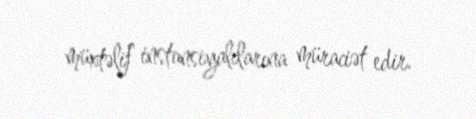
müxtəlif instansiyalılarına müraciət edir.